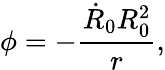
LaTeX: \phi=-\frac{\dot{R}_{0}R_{0}^{2}}{r},